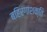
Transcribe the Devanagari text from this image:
बहिरंगाशक्ति